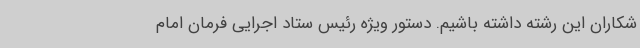
شکاران این رشته داشته باشیم. دستور ویژه رئیس ستاد اجرایی فرمان امام